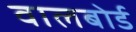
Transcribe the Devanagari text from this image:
वालबोर्ड